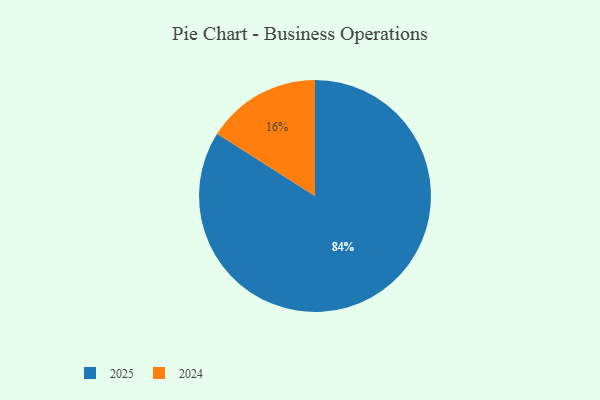
{"axis": {"x": "Category", "y": "Percentage"}, "legend": ["2024", "2025"], "data": [{"x": "2025", "y": 84, "type": "2025"}, {"x": "2024", "y": 16, "type": "2024"}]}